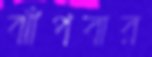
ঝাঁপবার